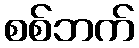
စစ်ဘက်